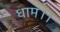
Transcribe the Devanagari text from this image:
धाम।।